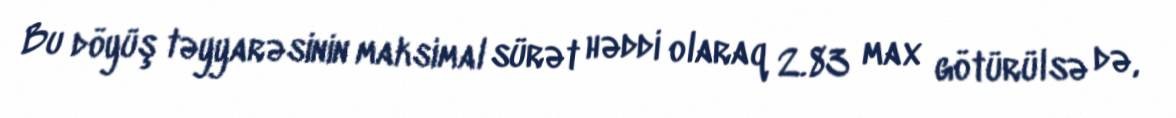
Bu döyüş təyyarəsinin maksimal sürət həddi olaraq 2.83 max götürülsə də,